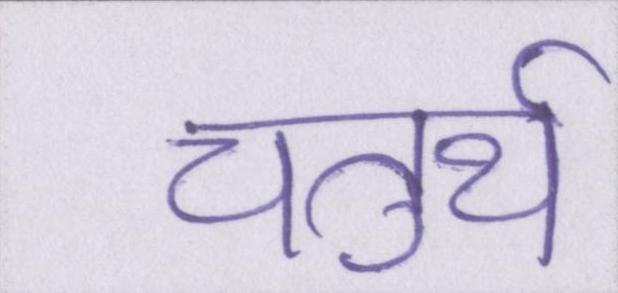
चतुर्थ